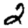
Digit: 2